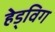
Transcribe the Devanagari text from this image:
हेड्विग